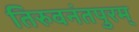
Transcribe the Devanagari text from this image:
तिरुवनंतपुरम्‌